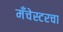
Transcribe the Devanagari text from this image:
मँचेस्टरचा